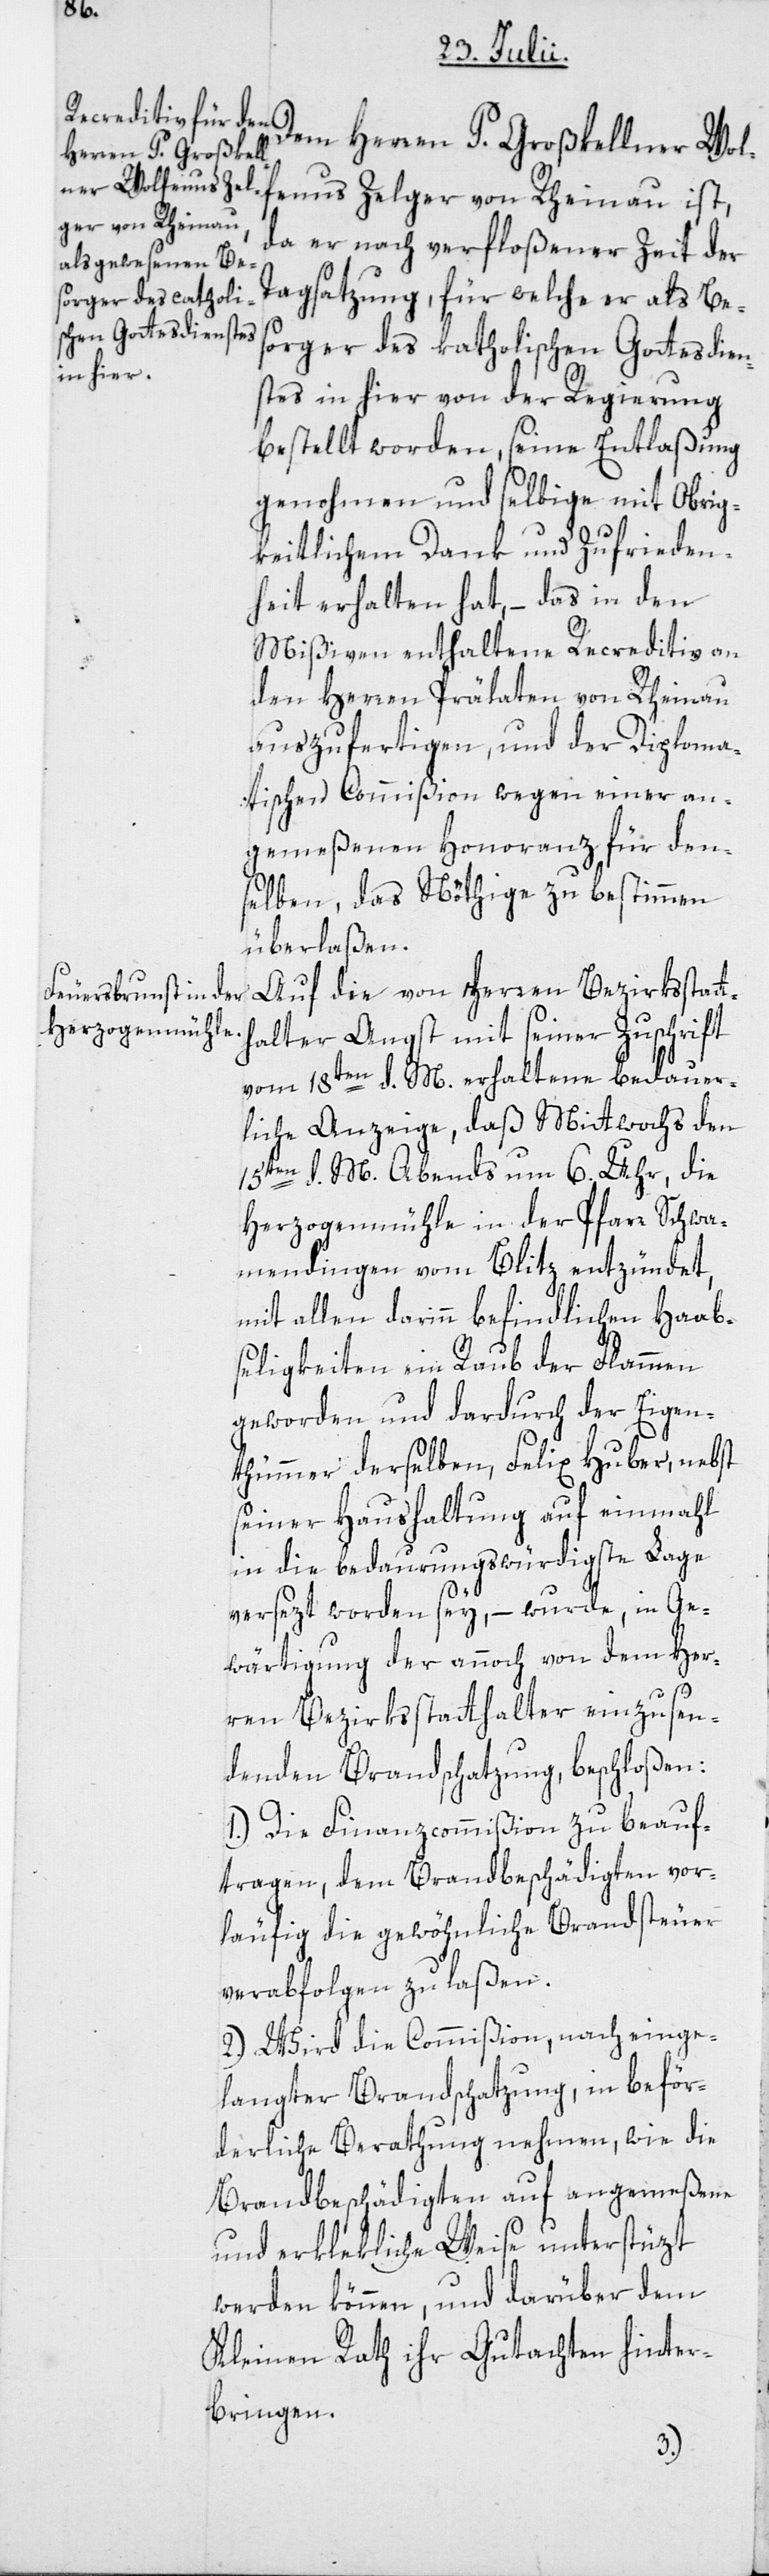
Dem Herren P. Großkellner Wol¬
fenus Zelger von Rheinau ist,
da er nach verfloßener Zeit der
Tagsatzung, für welche er als Bes¬
orger des katholischen Gottesdien¬
stes in hier von der Regierung
bestellt worden, seine Entlaßung
genohmen und selbige mit Obrig¬
keitlichem Dank und Zufrieden¬
heit erhalten hat, – das in den
Mißiven enthaltene Recreditiv an
den Herren Prälaten von Rheinau
auszufertigen, und der Diploma¬
tischen Commißion wegen einer an¬
gemeßenen Honoranz für den¬
selben, das Nöthige zu bestimmen
überlaßen.
Auf die von Herren Bezirksstatth¬
alter Angst mit seiner Zuschrift
vom 18ten d. M. erhaltene bedauer¬
liche Anzeige, daß Mittwochs den
15ten d. M. Abends um 6. Uhr, die
Herzogenmühle in der Pfarre Schwa¬
mendingen vom Blitz entzündet,
mit allen darinn befindlichen Haab¬
seligkeiten ein Raub der Flammen
geworden und dardurch der Eigen¬
thümmer derselben, Felix Huber, nebst
seiner Haushaltung auf einmahl
in die bedaurungswürdigste Lage
versezt worden sey, – wurde, in Ge¬
wärtigung der annoch von dem Her¬
ren Bezirksstatthalter einzusen¬
denden Brandschatzung, beschloßen:
1.) Die Finanzcommißion zu beauf¬
tragen, dem Brandbeschädigten vor¬
läufig die gewöhnliche Brandsteuer
verabfolgen zu laßen.
2.) Wird die Commißion, nach einge¬
langter Brandschatzung, in beför¬
derliche Berathung nehmen, wie die
Brandbeschädigten auf angemeßene
und erklekliche Weise unterstüzt
werden können, und darüber dem
Kleinen Rath ihr Gutachten hinter¬
bringen.